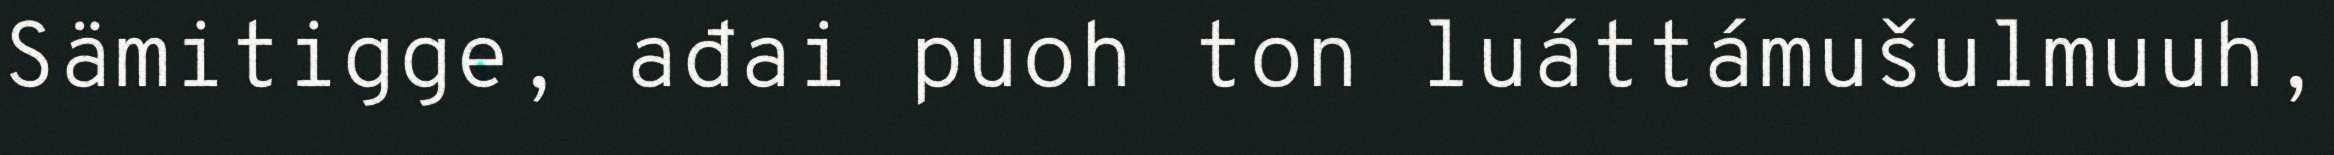
Sämitigge, ađai puoh ton luáttámušulmuuh,